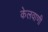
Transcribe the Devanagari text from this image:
केलवाणी